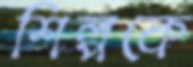
শিল্পকে